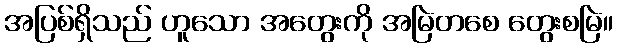
အပြစ်ရှိသည် ဟူသော အတွေးကို အမြဲတစေ တွေးစမြဲ။